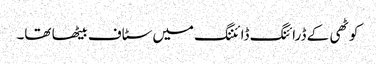
کوٹھی کے ڈرائنگ ڈائننگ میں سٹاف بیٹھا تھا۔